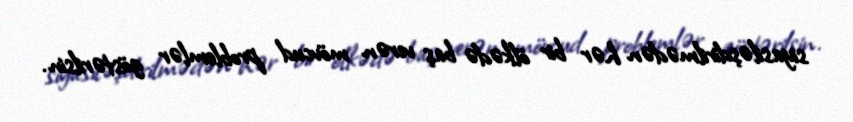
siyasiləşdirilmədən hər bir ölkədə baş verən mövcud problemlər göstərilsin.